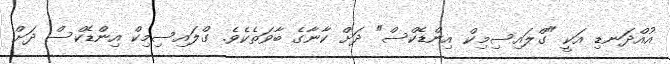
އުއްދަނޑި އަކީ "ގްލައިސިމިކް އިންޑެކްސް" ދަށް ކާނާގެ ބާވަތެކެވެ. ގްލައިސިމިކް އިންޑެކްސް ދަށް